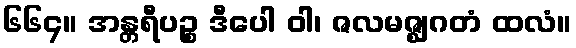
၆၆၄။ အန္တရီပဉ္စ ဒီပေါ ဝါ၊ ဇလမဇ္ဈဂတံ ထလံ။